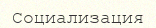
Социализация